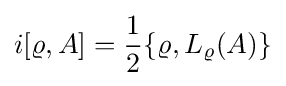
i[\varrho ,A]={\frac {1}{2}}\{\varrho ,L_{\varrho }(A)\}